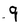
Character: q